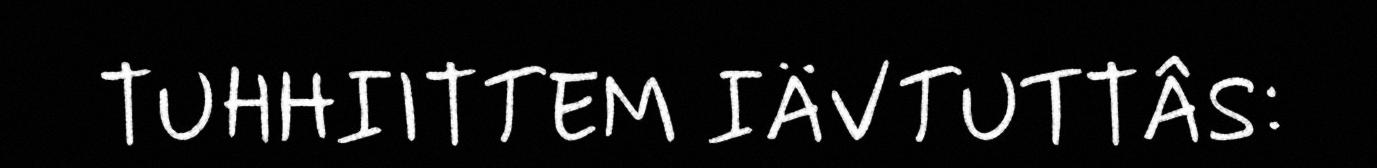
TUHHIITTEM IÄVTUTTÂS: